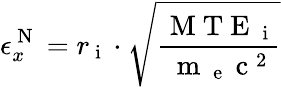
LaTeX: \epsilon_{x}^{\mathrm{~N~}}=r_{\mathrm{~i~}}\cdot\sqrt{\frac{\mathrm{~M~T~E~}_{\mathrm{~i~}}}{\mathrm{~m~}_{\mathrm{~e~}}\mathrm{~c~}^{2}}}